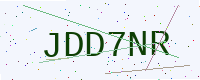
Text: JDD7NR